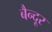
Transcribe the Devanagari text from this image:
बैन्दूर